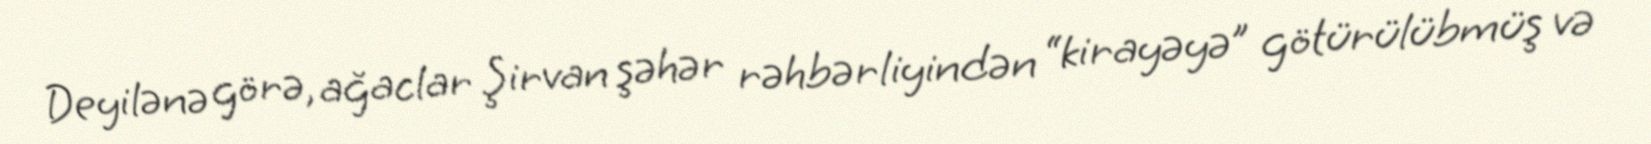
Deyilənə görə, ağaclar Şirvan şəhər rəhbərliyindən “kirayəyə” götürülübmüş və